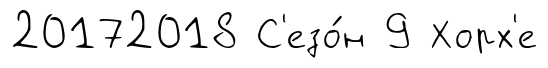
20172018 С'езо́н 9 Хорх'е